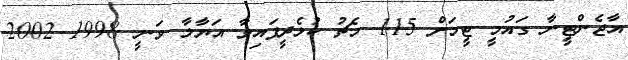
އާޖެންޓީނާ ގައުމީ ޓީމަށް 115 މެޗު ކުޅެދީފައިވާ އަޔާލާ ވަނީ 1998 2002